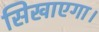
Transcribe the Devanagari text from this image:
सिखाएगा।